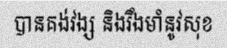
បានគង់វង្ស និងរឹងមាំនូវសុខ